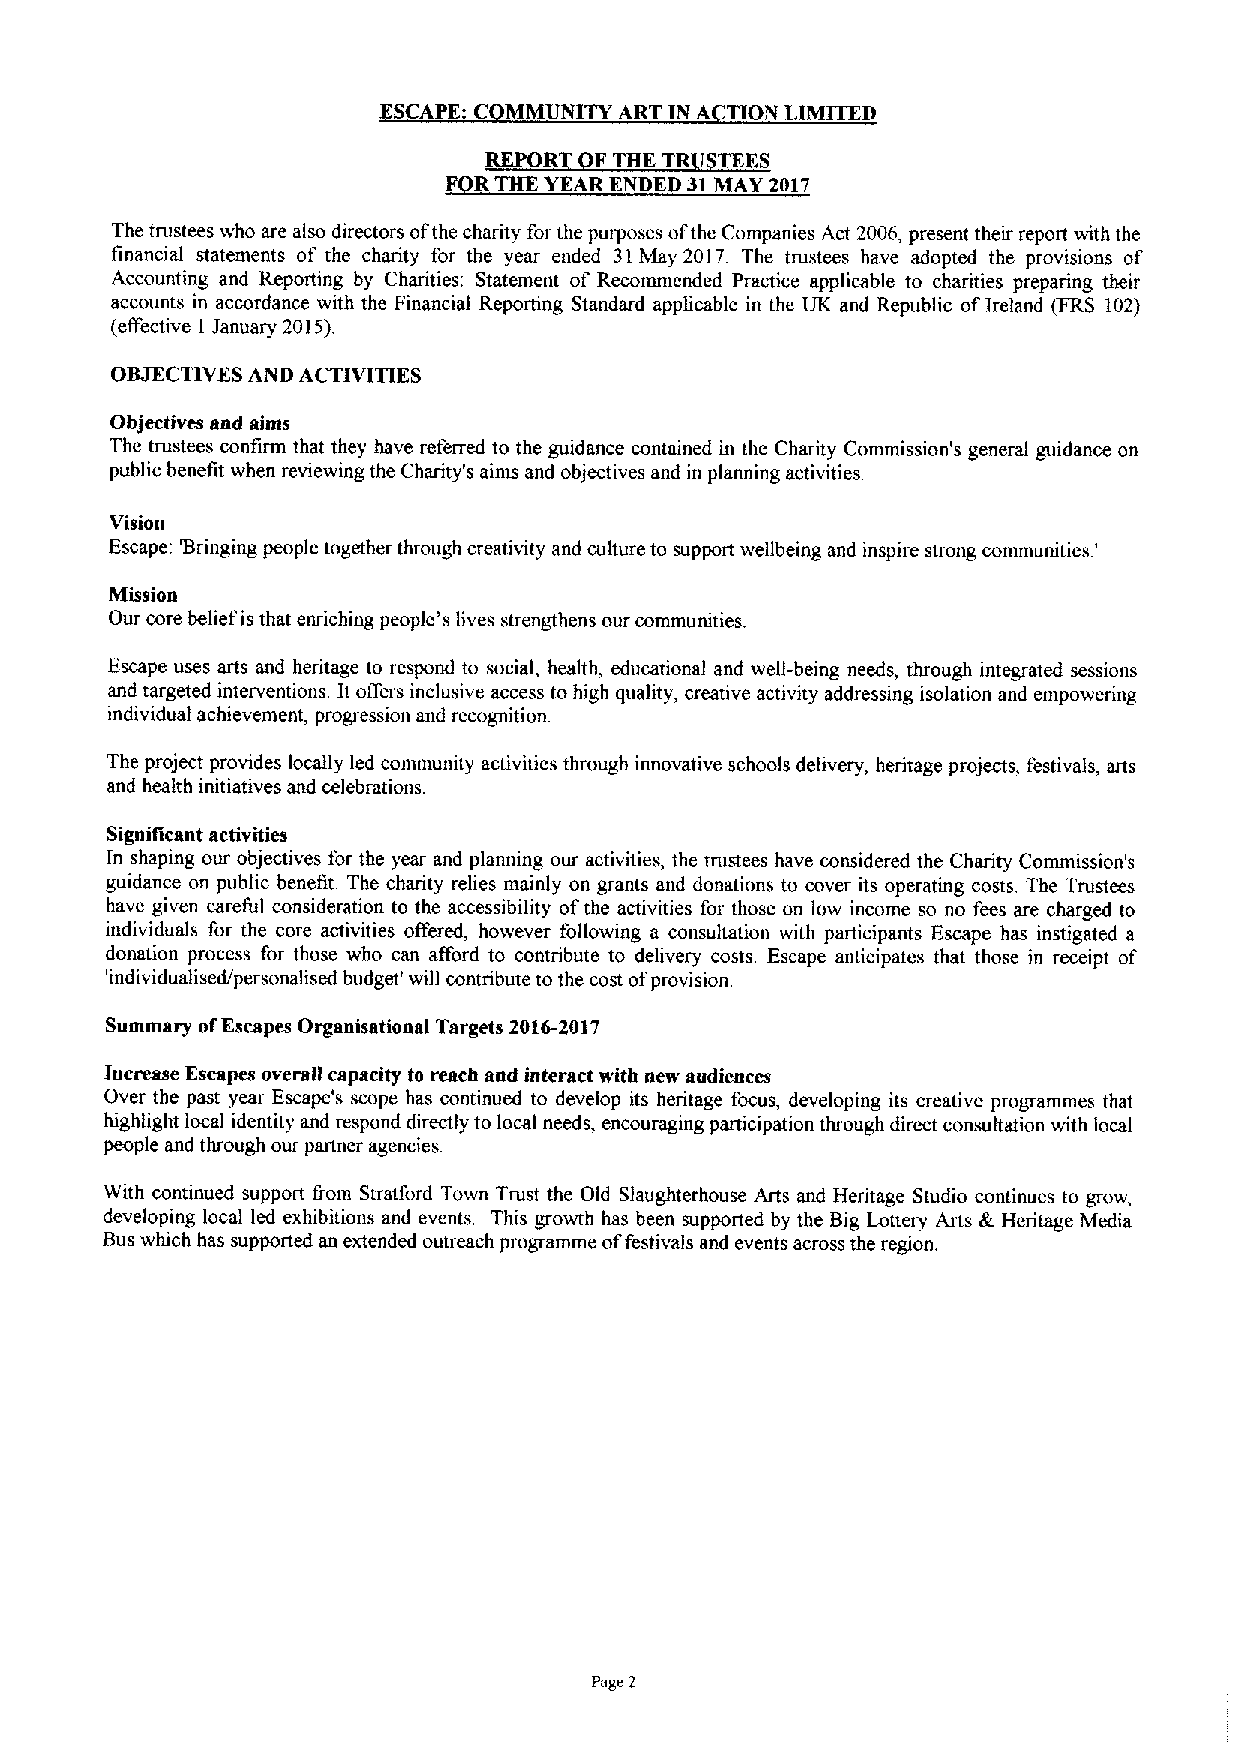
ESCAPE C MM NITY ART IN A TI N LIMITED
 REPOR  FTHE TR  TEES
 R RTHE YEAR ENDED 31MAY 2017
 The trustees who are also directors ofthe charity forthe purposes ofthe Companies Act 2006, present their report with the
 tinancial statements of the charity for the year ended 31May 2017 The trustees have adopted the provisions of
 Accounting and Reporting by Charities: Statement of Recommended Practice applicable to charities preparing their
 accounts in accordance with the Financial Reporting Standard applicable in the UK and Republic ofIreland (FRS 102)
 (effective 1 January 2015).
 OBJECTIVESAND ACTIVITIES
 Objectives and aims
 The trustees confirm that they have referred to the guidance contained in the Charity Commission's general guidance on
 public benefit when reviewing the Charity's aims and objectives and in planning activities.
 Vision
 Escape: 73ringing people together through creativity and culture to support wellbeing and inspire strong communities '
 Mission
 Our core belief is that enriching people's lives strengthens our communities.
 Escape uses arts and heritage to respond to social, health, educational and well-being needs, through integrated sessions
 and targeted interventions. It offers inclusive access to high quality, creative activity addressing isolation and empowering
 individual achievement, progression and recognition.
 The project provides locally led community activities through innovative schools delivery, heritage projects, festivals, arts
 and health initiatives and celebrations.
 Significant activities
 In shaping our objectives for the year and planning our activities, the trustees have considered the Charity Commission's
 guidance on public benefit. The charity relies mainly on grants and donations to cover its operating costs. The Trustees
 have given careful consideration to the accessibility ofthe activities for those on low income so no fees are charged to
 individuals for the core activities offered, however following a consultation with participants Escape has instigated a
 donation process for those who can afford to contribute to delivery costs Escape anticipates that those in receipt of
 'individual ised/personali sad budget' will contribute to the cost of provision
 Summary ofEscapes Organisational Targets 2016-2017
 Increase Escapes overall capacity to reach and interact with new audiences
 Over the past year Escape's scope has continued to develop its heritage focus, developing its creative programmes that
 highlight local identity and respond directly to local needs, encouraging participation through direct consultation with local
 people and through our partner agencies
 With continued support fiom Stratford Town Trust the Old Slaughterhouse Arts and Heritage Studio continues to grow,
 developing local led exhibitions and events. This growth has been supported by the Big Lottery Arts & Heritage Media
 Bus which has supported an extended outreach programme offestivals and events across the region.
 Page 2